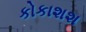
કોકાશશ